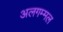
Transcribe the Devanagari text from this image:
अलगम्मल